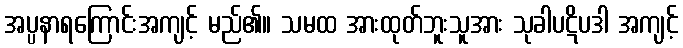
အပ္ပနာရကြောင်းအကျင့် မည်၏။ သမထ အားထုတ်ဘူးသူအား သုခါပဋိပဒါ အကျင့်